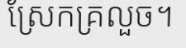
ស្រែកគ្រលួច។